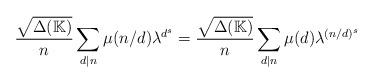
LaTeX: \begin{align*}\frac{\sqrt{\Delta({\mathbb K})}}{n} \sum_{d\vert n} \mu(n/d) \lambda^{d^s}=\frac{{\sqrt{\Delta({\mathbb K})}}}{n} \sum_{d\vert n} \mu(d) \lambda^{(n/d)^s}\end{align*}